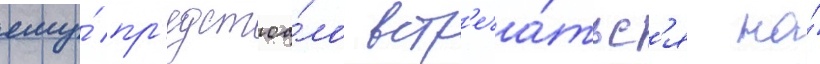
ему́ пр'едстоа́ло встр'еча́тьс'я на́